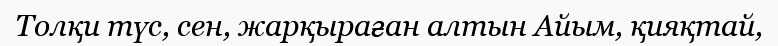
Толқи түс, сен, жарқыраған алтын Айым, қияқтай,